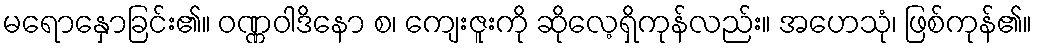
မရောနှောခြင်း၏။ ဝဏ္ဏဝါဒိနော စ၊ ကျေးဇူးကို ဆိုလေ့ရှိကုန်လည်း။ အဟေသုံ၊ ဖြစ်ကုန်၏။